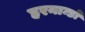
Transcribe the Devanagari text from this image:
हरनान्डो